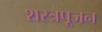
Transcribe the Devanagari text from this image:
शस्त्रपूजन